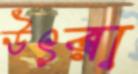
উৎরা